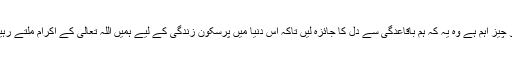
جو چیز اہم ہے وہ یہ کہ ہم باقاعدگی سے دل کا جائزہ لیں تاکہ اس دنیا میں پرسکون زندگی کے لیے ہمیں اللہ تعالیٰ کے اکرام ملتے رہیں۔